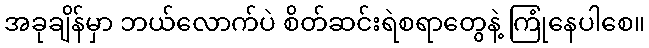
အခုချိန်မှာ ဘယ်လောက်ပဲ စိတ်ဆင်းရဲစရာတွေနဲ့ ကြုံနေပါစေ။